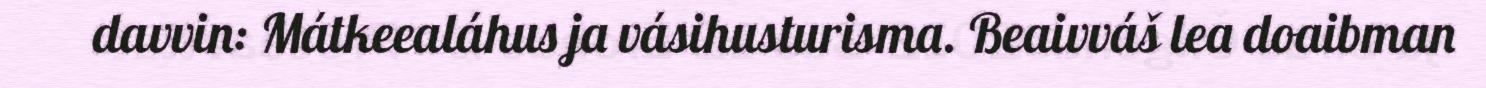
davvin: Mátkeealáhus ja vásihusturisma. Beaivváš lea doaibman